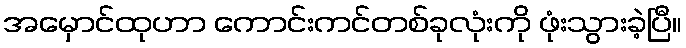
အမှောင်ထုဟာ ကောင်းကင်တစ်ခုလုံးကို ဖုံးသွားခဲ့ပြီ။